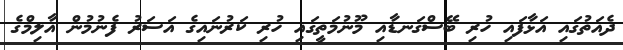
ދެއަތުގައި އަޅާފައި ހުރި ބޭސްގަނޑާއި މޫނުމަތީގައި ހުރި ކަރުނައިގެ އަސަރު ފެނުމުން އާލިމްގެ